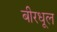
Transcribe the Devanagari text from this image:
बीरधूल